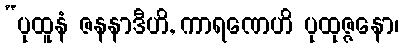
“ပုထူနံ ဇနနာဒီဟိ, ကာရဏေဟိ ပုထုဇ္ဇနော၊